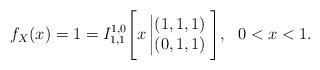
LaTeX: \begin{align*}f_X(x)=1=I^{1,0}_{1,1}\Bigg[x\left|\begin{matrix} (1,1,1)\\ (0,1,1) \end{matrix}\right.\Bigg],\ \ 0<x<1.\end{align*}